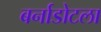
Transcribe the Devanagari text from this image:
बर्नाडोटला